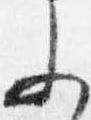
参